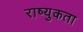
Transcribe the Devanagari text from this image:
राष्युकता